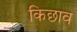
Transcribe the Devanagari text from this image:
किछाव